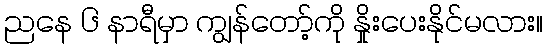
ညနေ ၆ နာရီမှာ ကျွန်တော့်ကို နှိုးပေးနိုင်မလား။